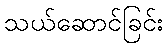
သယ်ဆောင်ခြင်း